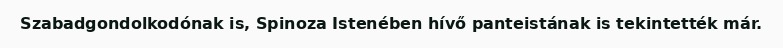
Szabadgondolkodónak is, Spinoza Istenében hívő panteistának is tekintették már.